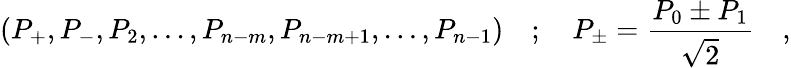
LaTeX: \left(P_{+},P_{-},P_{2},\ldots,P_{n-m},P_{n-m+1},\ldots,P_{n-1}\right)\quad;\quad P_{\pm}=\frac{P_{0}\pm P_{1}}{\sqrt{2}}\quad,